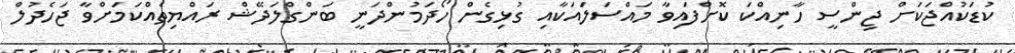
ކުޑަކުއްޖަކަށް ޖިންސީ ހާނިއްކަ ކޮށްފައިވާ މައްސަލައަކާއި ގުޅިގެން ހޯދަމުންދަނީ ބަންގްލަދޭޝް ރައްޔިތެއްކަމަށްވާ ޖަހެދުލް